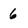
Character: 6